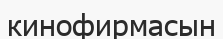
кинофирмасын